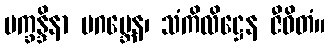
ပက္ခန္ဒိနာ ပဂဗ္ဘေန၊ သံကိလိဋ္ဌေန ဇီဝိတံ။